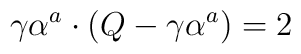
\gamma\alpha^a\cdot(Q-\gamma\alpha^a)=2 \qquad